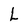
Character: L